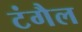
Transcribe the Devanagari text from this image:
टंगैल